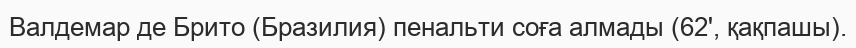
Валдемар де Брито (Бразилия) пенальти соға алмады (62', қақпашы).